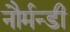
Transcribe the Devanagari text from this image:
नौर्मन्डी